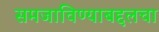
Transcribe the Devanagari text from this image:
समजाविण्याबद्दलचा